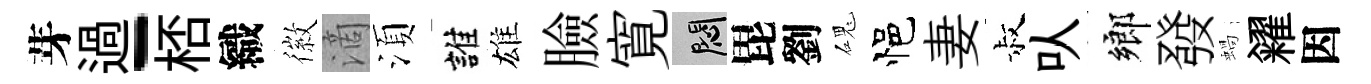
芽過-桮織徽滴湏誰雄臉寛悶毘劉磈悒妻叔㕥鄉發蝸糴因